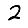
Digit: 2